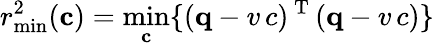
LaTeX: r_{\operatorname*{min}}^{2}(\mathbf{c})=\operatorname*{min}_{\mathbf{c}}\{ (\mathbf q-v\, c)^{\mathrm{~T~}}(\mathbf q-v\, c)\}